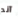
آند